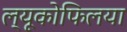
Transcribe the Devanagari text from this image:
ल्यूकोफिलया